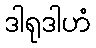
ဒါရုဒါဟံ